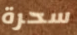
سحرة